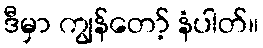
ဒီမှာ ကျွန်တော့် နံပါတ်။